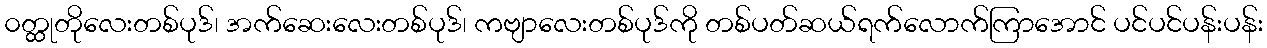
၀တ္ထုတိုလေးတစ်ပုဒ်၊ အက်ဆေးလေးတစ်ပုဒ်၊ ကဗျာလေးတစ်ပုဒ်ကို တစ်ပတ်ဆယ်ရက်လောက်ကြာအောင် ပင်ပင်ပန်းပန်း